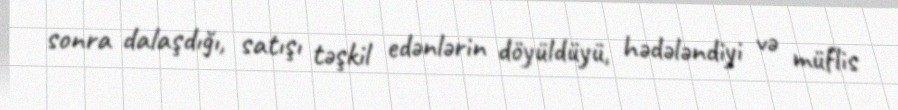
sonra dalaşdığı, satışı təşkil edənlərin döyüldüyü, hədələndiyi və müflis